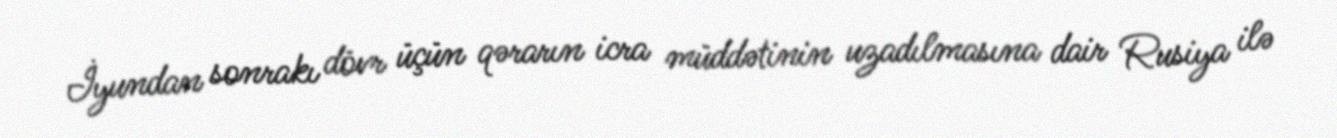
İyundan sonrakı dövr üçün qərarın icra müddətinin uzadılmasına dair Rusiya ilə